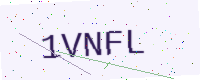
Text: 1VNFL